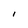
Character: I